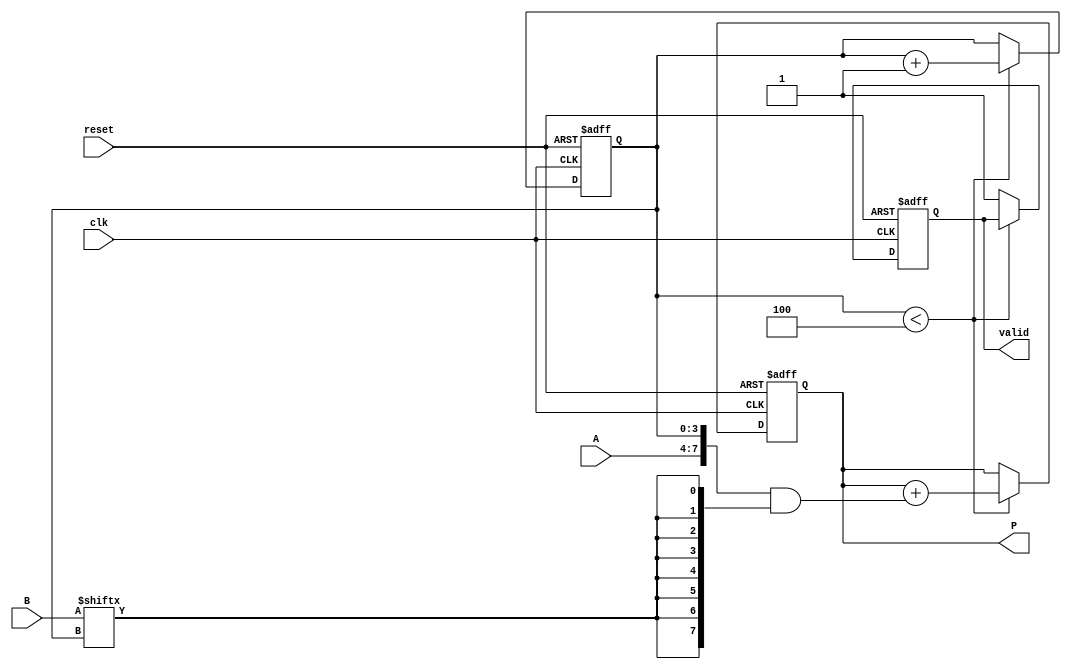
module PartialProductAccumulator #(
    parameter N = 4, // Width of multiplicand
    parameter M = 4  // Width of multiplier
)(
    input  wire [N-1:0] A,       // Multiplicand
    input  wire [M-1:0] B,       // Multiplier
    input  wire clk,              // Clock
    input  wire reset,            // Asynchronous reset
    output reg  [(N + M - 1):0] P, // Product
    output reg valid              // Valid signal
);

    reg [M-1:0] count;            // Count of bits processed
    reg [(N + M - 1):0] partial_product; // Temporary partial product

    // Asynchronous reset
    always @(posedge clk or posedge reset) begin
        if (reset) begin
            P <= 0;
            valid <= 0;
            count <= 0;
        end else begin
            if (count < M) begin
                // Generate partial product
                partial_product = {A, count} & { {(N + M){B[count]}}, B[count] }; // Shift A based on count
                P <= P + partial_product; // Accumulate the partial product
                count <= count + 1; // Increment the count
            end else begin
                valid <= 1; // All bits processed, set valid
            end
        end
    end

endmodule